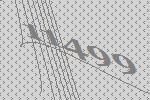
11499